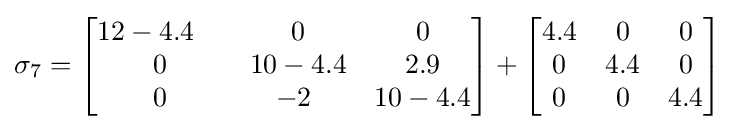
\sigma _{7}=\left[{\begin{matrix}12-4.4\ \ \ &0&0\\0&10-4.4&2.9\\0&-2\ &10-4.4\\\end{matrix}}\right]+\left[{\begin{matrix}4.4&0&0\\0&4.4&0\\0&0&4.4\\\end{matrix}}\right]